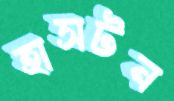
হাসটন